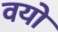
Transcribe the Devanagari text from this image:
वयो